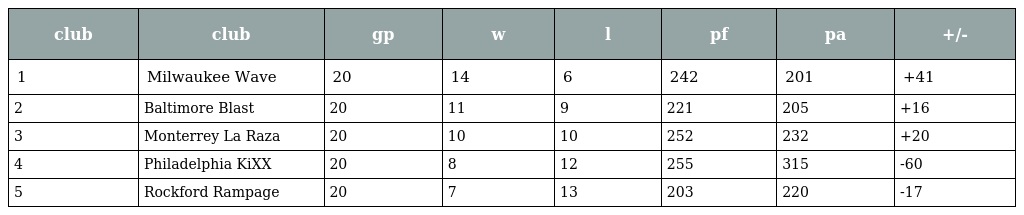
| club | club | gp | w | l | pf | pa | +/- |
 | --- | --- | --- | --- | --- | --- | --- | --- |
 | 1 | Milwaukee Wave | 20 | 14 | 6 | 242 | 201 | +41 |
 | 2 | Baltimore Blast | 20 | 11 | 9 | 221 | 205 | +16 |
 | 3 | Monterrey La Raza | 20 | 10 | 10 | 252 | 232 | +20 |
 | 4 | Philadelphia KiXX | 20 | 8 | 12 | 255 | 315 | -60 |
 | 5 | Rockford Rampage | 20 | 7 | 13 | 203 | 220 | -17 |